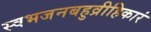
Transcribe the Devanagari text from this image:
स्वभजनबहुव्रीहिकारं